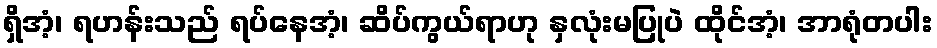
ရှိအံ့၊ ရဟန်းသည် ရပ်နေအံ့၊ ဆိပ်ကွယ်ရာဟု နှလုံးမပြုပဲ ထိုင်အံ့၊ အာရုံတပါး